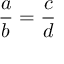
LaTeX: { \frac { a } { b } } = { \frac { c } { d } }